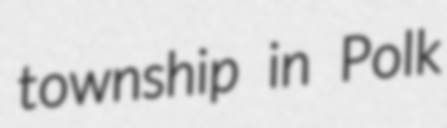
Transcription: township in Polk